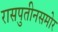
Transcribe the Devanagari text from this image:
रासपुतीनसमोर